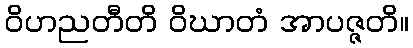
ဝိဟညတီတိ ဝိဃာတံ အာပဇ္ဇတိ။